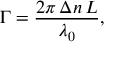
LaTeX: \Gamma = { \frac { 2 \pi \, \Delta n \, L } { \lambda _ { 0 } } } ,